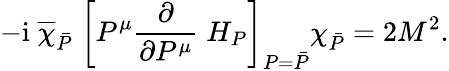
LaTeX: -\mathrm{i}\; \overline{{\chi}}_{\bar{P}}\; \bigg[P^{\mu}\frac{\partial}{\partial P^{\mu}}\; H_{P}\bigg]_{P=\bar{P}}\chi_{\bar{P}}=2M^{2}.